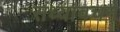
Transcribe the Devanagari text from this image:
संध्यावचने